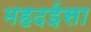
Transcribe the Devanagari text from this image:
महदईसा